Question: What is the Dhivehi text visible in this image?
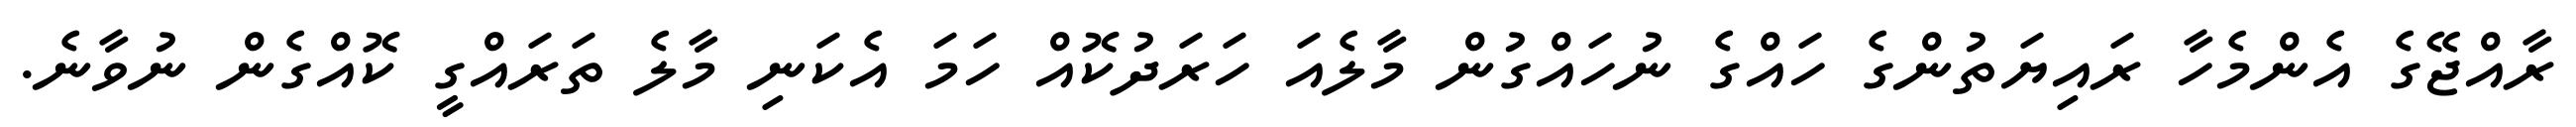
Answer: ރާއްޖޭގެ އެންމެހާ ރައިޔަތުންގެ ހައްގެ ނުހައްގުން މާލެއަ ހަރަދުކޮއް ހަމަ އެކަނި މާލެ ތަރައްގީ ކޮއްގެން ނުވާނެ.